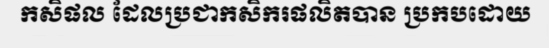
កសិផល ដែលប្រជាកសិករផលិតបាន ប្រកបដោយ